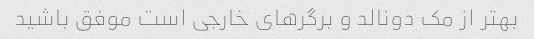
بهتر از مک دونالد و برگرهای خارجی است موفق باشید